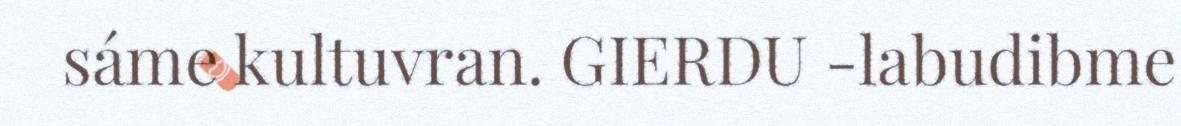
sáme kultuvran. GIERDU -labudibme